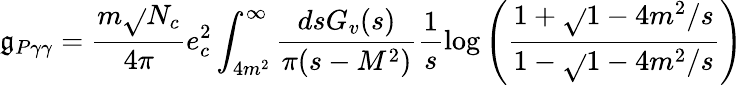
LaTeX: \mathfrak{g}_{P\gamma\gamma}=\frac{{m\sqrt{}{{N_{c}}}}}{{4\pi}}e_{c}^{2}\int_{4m^{2}}^{\infty}\frac{{dsG_{v}(s)}}{{\pi(s-M^{2})}}\frac{1}{s}\log\left({\frac{{1+\sqrt{}{{1-4m^{2}/s}}}}{{1-\sqrt{}{{1-4m^{2}/s}}}}}\right)